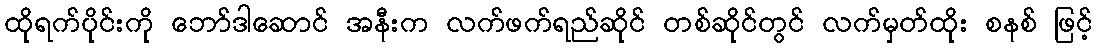
ထိုရက်ပိုင်းကို ဘော်ဒါဆောင် အနီးက လက်ဖက်ရည်ဆိုင် တစ်ဆိုင်တွင် လက်မှတ်ထိုး စနစ် ဖြင့်